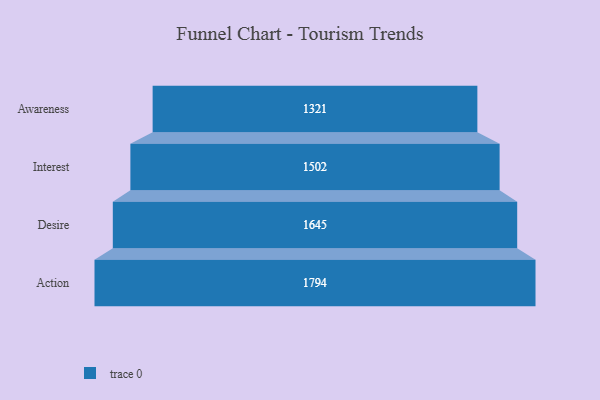
{"axis": {"x": "Stage", "y": "Value"}, "legend": [""], "data": [{"x": "Awareness", "y": 1321.0, "type": ""}, {"x": "Interest", "y": 1502.0, "type": ""}, {"x": "Desire", "y": 1645.0, "type": ""}, {"x": "Action", "y": 1794.0, "type": ""}]}